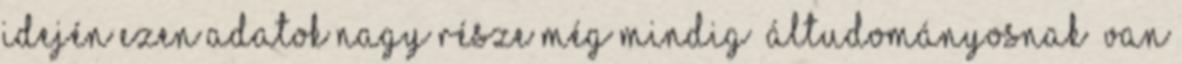
idején ezen adatok nagy része még mindig „áltudományosnak” van